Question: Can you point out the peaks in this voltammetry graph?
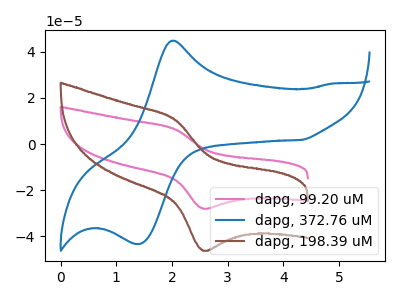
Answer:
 <answer>The pink curve "dapg, 99.20 uM" has an anodic peak at (2.05V, 6.30uA) and a cathodic peak at (2.55V, -28.15uA). The blue curve "dapg, 372.76 uM" has an anodic peak at (2.05V, 44.90uA) and a cathodic peak at (1.45V, -43.45uA). The brown curve "dapg, 198.39 uM" has an anodic peak at (2.05V, 10.35uA) and a cathodic peak at (2.55V, -46.40uA).</answer>
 <eval></eval>